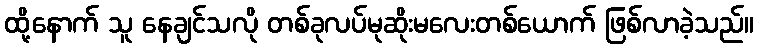
ထို့နောက် သူ နေချင်သလို တစ်ခုလပ်မုဆိုးမလေးတစ်ယောက် ဖြစ်လာခဲ့သည်။